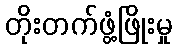
တိုးတက်ဖွံ့ဖြိုးမှု